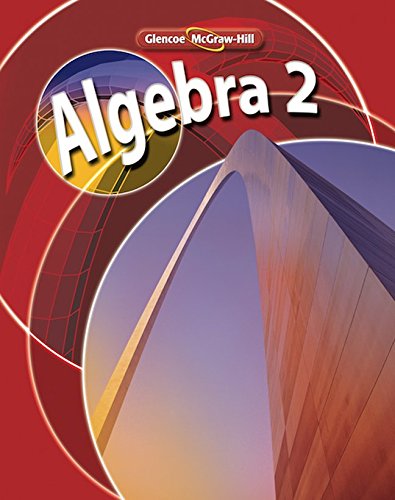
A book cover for Algebra 2, Student Edition (MERRILL ALGEBRA 2); McGraw-Hill Education; Computers & Technology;